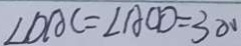
\angle D A C = \angle A C D = 3 0 0